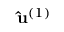
\mathbf { \hat { u } } ^ { ( 1 ) }